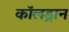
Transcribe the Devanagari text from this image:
कॉलड्रान